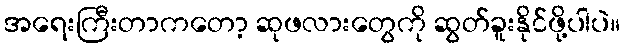
အရေးကြီးတာကတော့ ဆုဖလားတွေကို ဆွတ်ခူးနိုင်ဖို့ပါပဲ။